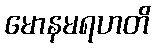
မောနမရဟတိ